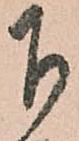
下